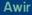
awir